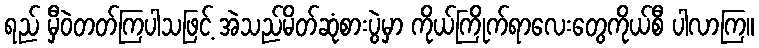
ရည် မှီဝဲတတ်ကြပါသဖြင့် အဲသည်မိတ်ဆုံစားပွဲမှာ ကိုယ်ကြိုက်ရာလေးတွေကိုယ်စီ ပါလာကြ။